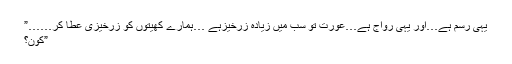
یہی رسم ہے…اور یہی رواج ہے…عورت تو سب میں زیادہ زرخیزہے …ہمارے کھیتوں کو زرخیزی عطا کر……”
”کون؟